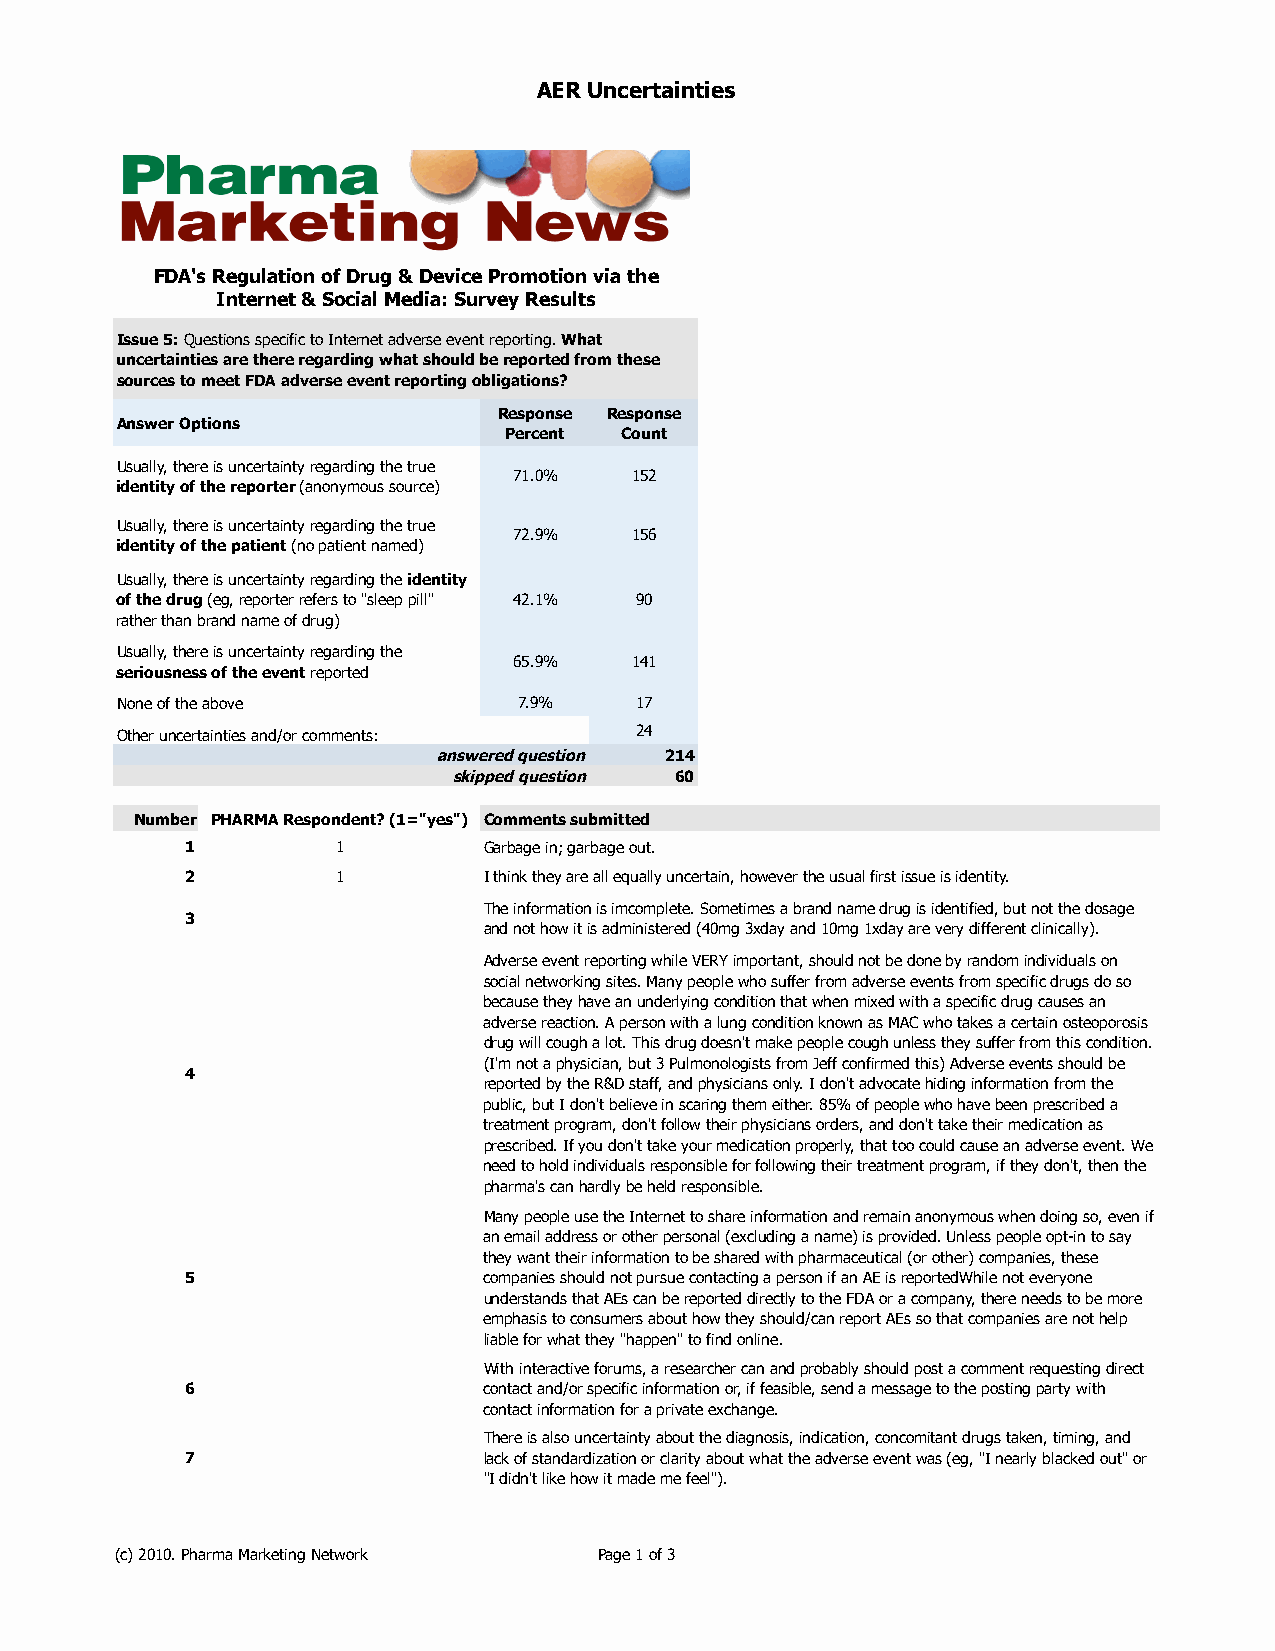
AER Uncertainties
 FDA's Regulation of Drug & Device Promotion via the
 Internet & Social Media: Survey Results
 Issue 5: Questions specific to Internet adverse event reporting. What
 uncertainties are there regarding what should be reported from these
 sources to meet FDA adverse event reporting obligations?
 Response Response
 Answer Options
 Percent Count
 Usually, there is uncertainty regarding the true
 71.0%   152
 identity of the reporter (anonymous source)
 Usually, there is uncertainty regarding the true
 72.9%   156
 identity of the patient (no patient named)
 Usually, there is uncertainty regarding the identity
 of the drug (eg, reporter refers to "sleep pill" 42.1% 90
 rather than brand name of drug)
 Usually, there is uncertainty regarding the
 65.9%   141
 seriousness of the event reported
 None of the above         7.9%    17
 Other uncertainties and/or comments: 24
 answered question 214
 skipped question 60
 Number PHARMA Respondent? (1="yes") Comments submitted
 1         1         Garbage in; garbage out.
 2         1         I think they are all equally uncertain, however the usual first issue is identity.
 The information is imcomplete. Sometimes a brand name drug is identified, but not the dosage
 3
 and not how it is administered (40mg 3xday and 10mg 1xday are very different clinically).
 Adverse event reporting while VERY important, should not be done by random individuals on
 social networking sites. Many people who suffer from adverse events from specific drugs do so
 because they have an underlying condition that when mixed with a specific drug causes an
 adverse reaction. A person with a lung condition known as MAC who takes a certain osteoporosis
 drug will cough a lot. This drug doesn't make people cough unless they suffer from this condition.
 (I'm not a physician, but 3 Pulmonologists from Jeff confirmed this) Adverse events should be
 4
 reported by the R&D staff, and physicians only. I don't advocate hiding information from the
 public, but I don't believe in scaring them either. 85% of people who have been prescribed a
 treatment program, don't follow their physicians orders, and don't take their medication as
 prescribed. If you don't take your medication properly, that too could cause an adverse event. We
 need to hold individuals responsible for following their treatment program, if they don't, then the
 pharma's can hardly be held responsible.
 Many people use the Internet to share information and remain anonymous when doing so, even if
 an email address or other personal (excluding a name) is provided. Unless people opt-in to say
 they want their information to be shared with pharmaceutical (or other) companies, these
 5                   companies should not pursue contacting a person if an AE is reportedWhile not everyone
 understands that AEs can be reported directly to the FDA or a company, there needs to be more
 emphasis to consumers about how they should/can report AEs so that companies are not help
 liable for what they "happen" to find online.
 With interactive forums, a researcher can and probably should post a comment requesting direct
 6                   contact and/or specific information or, if feasible, send a message to the posting party with
 contact information for a private exchange.
 There is also uncertainty about the diagnosis, indication, concomitant drugs taken, timing, and
 7                   lack of standardization or clarity about what the adverse event was (eg, "I nearly blacked out" or
 "I didn't like how it made me feel").
 (c) 2010. Pharma Marketing Network Page 1 of 3